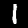
Label: 1